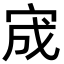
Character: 宬